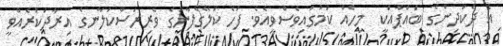
އެ ދެކުދިންގެ ބައްޕާއަކީ  މީހެއް ކަމުގައިވެސްވިއެވެ. ފަހެ ކަލޭގެފާނުގެ ވެރިރަސްކަލާނގެ އިރާދަކުރެއްވީ